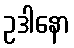
ဥဒါနော